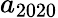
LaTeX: a_{2020}